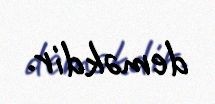
deməkdir.